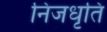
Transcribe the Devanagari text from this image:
निजधृति